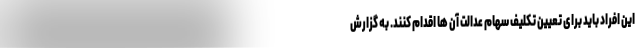
این افراد باید برای تعیین تکلیف سهام عدالت آن ها اقدام کنند. به گزارش